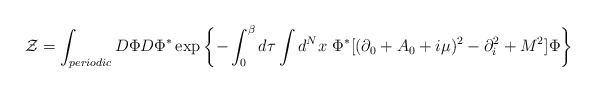
\begin{align*}{\cal Z}=\int_{periodic} D\Phi D\Phi^\ast\exp\left\{-\int_0^\beta d\tau \int d^Nx\ \Phi^\ast[(\partial_0 +A_0 +i\mu)^2 -\partial_i^ 2 + M^2] \Phi\right\}\end{align*}